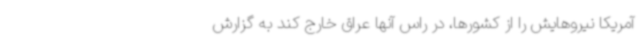
آمریکا نیروهایش را از کشورها، در راس آنها عراق خارج کند به گزارش